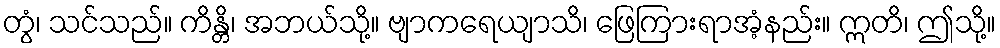
တွံ၊ သင်သည်။ ကိန္တိ၊ အဘယ်သို့။ ဗျာကရေယျာသိ၊ ဖြေကြားရာအံ့နည်း။ ဣတိ၊ ဤသို့။